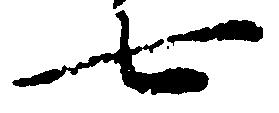
七